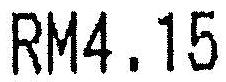
RM4.15